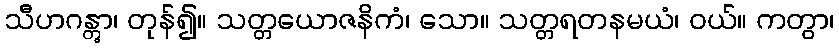
သီဟဂန္တွာ၊ တုန်၍။ သတ္တယောဇနိကံ၊ သော။ သတ္တရတနမယံ၊ ဝယ်။ ကတွာ၊